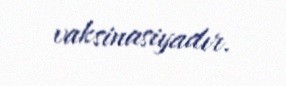
vaksinasiyadır.